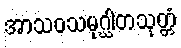
အာသဝသမုဂ္ဃါတသုတ္တံ